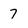
Character: 7